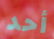
أحد